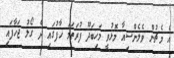
އެ މެޗުން ވެލެންސިއާ މޮޅުވީ މަހިބަދޫ ފުރަތަމަ ހާފުގައި ދެ ގޯލު ޖަހާފައި